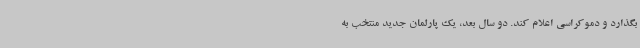
بگذارد و دموکراسی اعلام کند. دو سال بعد، یک پارلمان جدید منتخب به